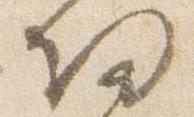
帰